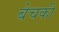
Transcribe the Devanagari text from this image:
बेचकी